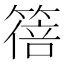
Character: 𫂕